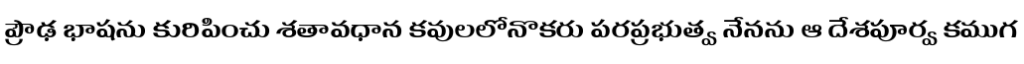
ప్రౌఢ భాషను కురిపించు శతావధాన కవులలోనొకరు పరప్రభుత్వ నేనను ఆ దేశపూర్వ కముగ